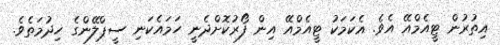
އިތުރުން ޓީއެމްއޭ އެވެ. އެކަމަކު ޓީއެމްއޭ އިން ފޯރުކޮށްދެނީ ހަމައެކަނި ސީޕްލޭންގެ ހިދުމަތެވެ.